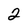
Character: 2